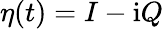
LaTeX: \eta(t)=I-\mathrm{i}Q